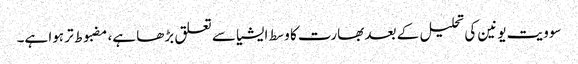
سوویت یونین کی تحلیل کے بعد بھارت کا وسط ایشیا سے تعلق بڑھا ہے، مضبوط تر ہوا ہے۔